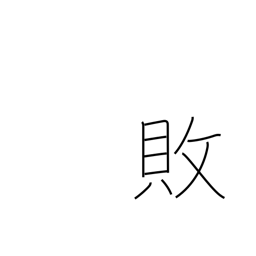
Meaning: reversal